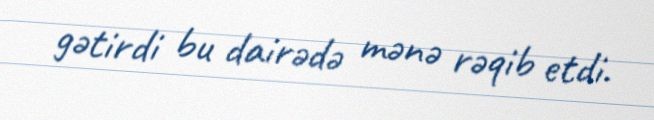
gətirdi bu dairədə mənə rəqib etdi.